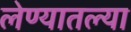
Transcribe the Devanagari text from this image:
लेण्यातल्या